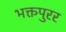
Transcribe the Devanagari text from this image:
भक्तपुरर